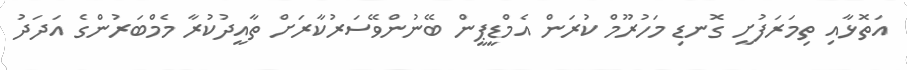
އަތޮޅާއި ތިމަރަފުށީ ގޮނޑި މަހުރޫމް ކުރަން އެމްޑީޕީން ބޭނުންވޭސަރުކާރަށް ތާއީދުކުރާ މެމްބަރުންގެ އަދަދު